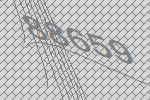
88659